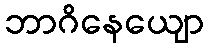
ဘာဂိနေယျော